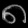
Digit: ၈